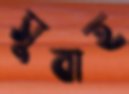
সুবাহ